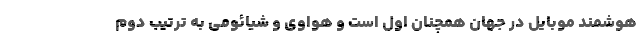
هوشمند موبایل در جهان همچنان اول است و هواوی و شیائومی به ترتیب دوم